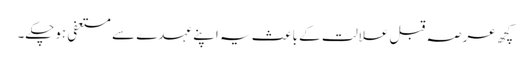
کچھ عرصہ قبل علالت کے باعث یہ اپنے عہدے سے مستعفی ہوچکے۔